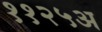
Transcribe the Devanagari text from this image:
११२५अ